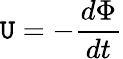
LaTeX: \mathtt{U}=-{\frac{{d\Phi}}{{dt}}}